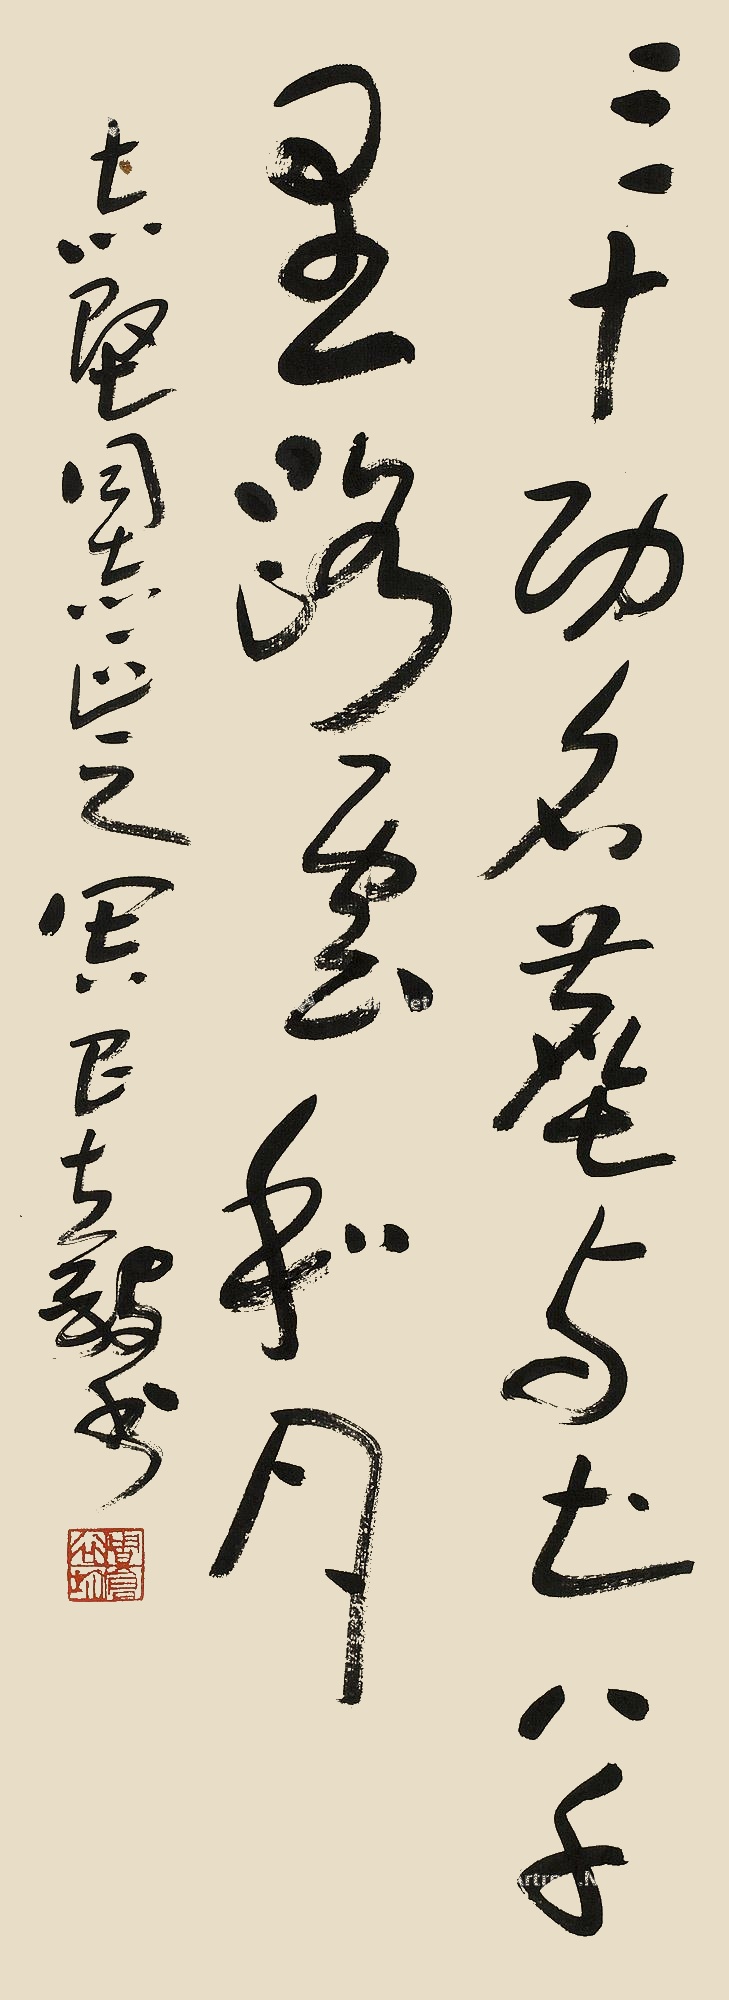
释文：三十功名尘与土，八千里路云和月。志坚同志正之，周昌谷书。